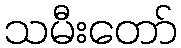
သမီးတော်